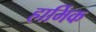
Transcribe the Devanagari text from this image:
हार्मिक